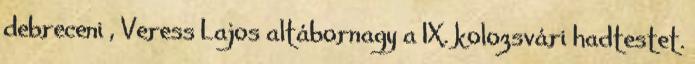
debreceni , Veress Lajos altábornagy a IX. kolozsvári hadtestet.